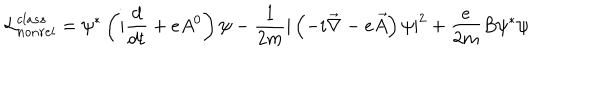
{ \cal { L } } _ { n o n r e l } ^ { c l a s s } = \psi ^ { * } \left( i \frac { d } { d t } + e A ^ { 0 } \right) \psi - \frac { 1 } { 2 m } | \left( - i \vec { \nabla } - e \vec { A } \right) \psi | ^ { 2 } + \frac { e } { 2 m } B \psi ^ { * } \psi